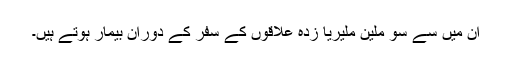
ان میں سے سو ملین ملیریا زدہ علاقوں کے سفر کے دوران بیمار ہوتے ہیں۔